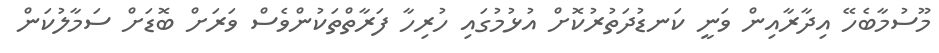
މޫސުމާބެހޭ އިދާރާއިން ވަނީ ކަނޑުދަތުުރުކޮށް އުޅުމުގައި ހުރިހާ ފަރާތްތަކުންވެސް ވަރަށް ބޮޑަށް ސަމާލުކަން